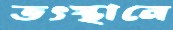
তৎস্থানে